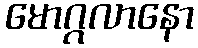
မောဂ္ဂလာနော